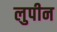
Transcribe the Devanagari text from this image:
लुपीन